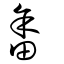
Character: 畬